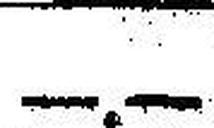
—.—